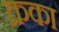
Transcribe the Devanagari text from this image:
क्रका